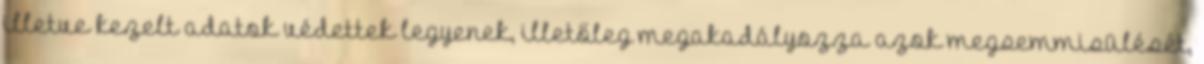
illetve kezelt adatok védettek legyenek, illetőleg megakadályozza azok megsemmisülését,